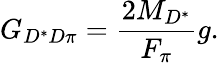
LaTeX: G_{D^{\ast}D\pi}=\frac{2M_{D^{\ast}}}{F_{\pi}}g.